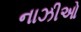
નાઝીઓ